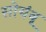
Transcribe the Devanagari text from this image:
सोयंबू